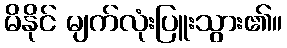
မိနိုင် မျက်လုံးပြူးသွား၏။